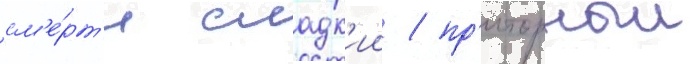
см'е́рт'и сладк'ии / пр'иторныи